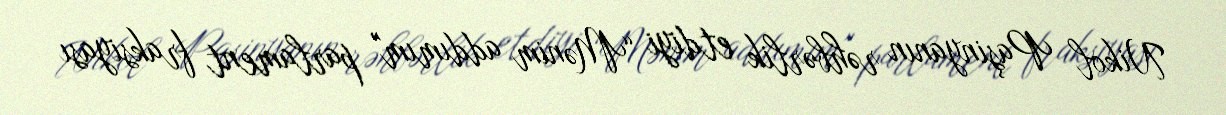
Nikol Paşinyanın rəhbərlik etdiyi “Mənim addımım" parlament fraksiyası